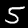
Digit: 5